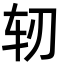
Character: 轫